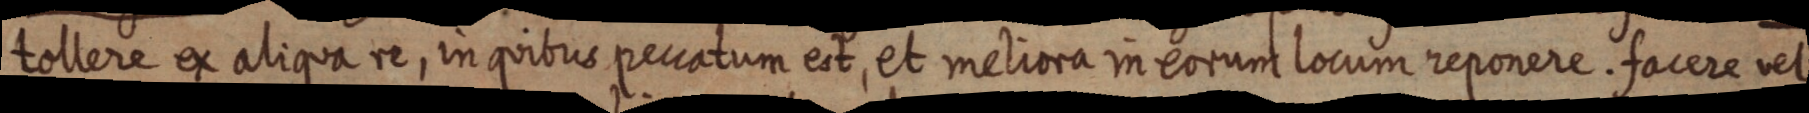
tollere ex aliqua re, in quibus peccatum est, et meliora in eorum locum reponere. facere vel